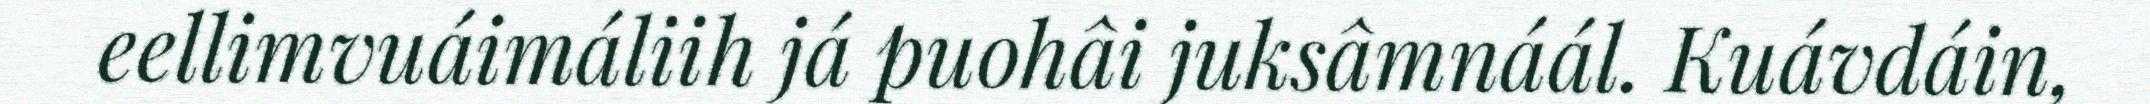
eellimvuáimáliih já puohâi juksâmnáál. Kuávdáin,